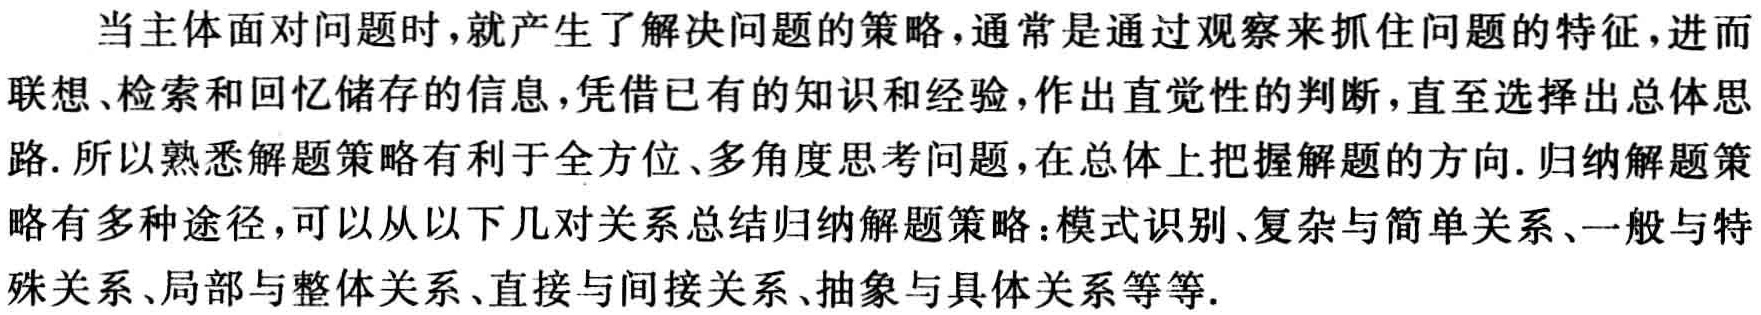
当主体面对问题时，就产生了解决问题的策略，通常是通过观察来抓住问题的特征，进而联想、检索和回忆储存的信息，凭借已有的知识和经验，作出直觉性的判断，直至选择出总体思路. 所以熟悉解题策略有利于全方位、多角度思考问题，在总体上把握解题的方向. 归纳解题策略有多种途径，可以从以下几对关系总结归纳解题策略：模式识别、复杂与简单关系、一般与特殊关系、局部与整体关系、直接与间接关系、抽象与具体关系等等.